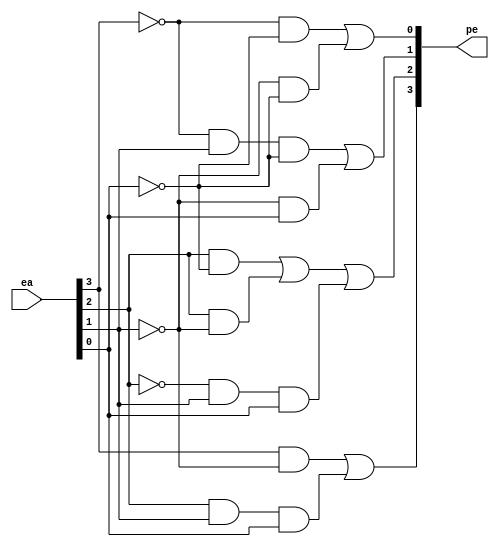
module cc_pe(
input [3:0] ea,
output [3:0] pe
);

wire not_ea0, not_ea1, not_ea2, not_ea3;
not(not_ea0, ea[0]);
not(not_ea1, ea[1]);
not(not_ea2, ea[2]);
not(not_ea3, ea[3]);

wire pe3_buf1, pe3_buf2;
and(pe3_buf1, ea[3], not_ea1);
and(pe3_buf2, ea[2], ea[1], ea[0]);
or(pe[3], pe3_buf1, pe3_buf2);

wire pe2_buf1, pe2_buf2, pe2_buf3;
and(pe2_buf1, ea[2], not_ea0);
and(pe2_buf2, ea[2], not_ea1);
and(pe2_buf3, not_ea2, ea[1], ea[0]);
or(pe[2], pe2_buf1, pe2_buf2, pe2_buf3);

wire pe1_buf1, pe1_buf2;
and(pe1_buf1, not_ea3, ea[1], not_ea0);
and(pe1_buf2, not_ea1, ea[0]);
or(pe[1], pe1_buf1, pe1_buf2);

wire pe0_buf1, pe0_buf2;
and(pe0_buf1, not_ea3, not_ea0);
and(pe0_buf2, not_ea1, not_ea0);
or(pe[0], pe0_buf1, pe0_buf2);

endmodule